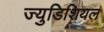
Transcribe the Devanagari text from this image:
ज्युडिशियल